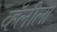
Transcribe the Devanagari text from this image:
व्हॅलीला